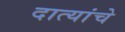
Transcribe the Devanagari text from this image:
दात्यांचे